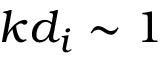
k d _ { i } \sim 1